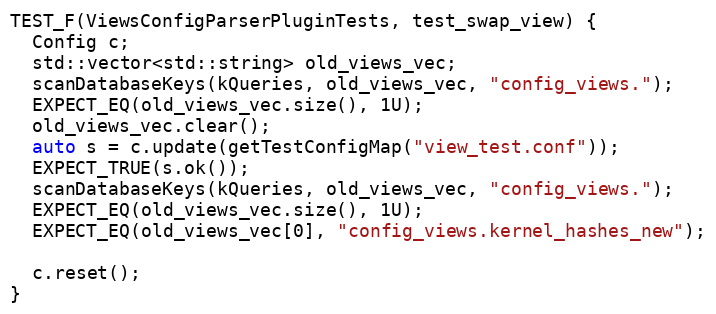
Language: C++
TEST_F(ViewsConfigParserPluginTests, test_swap_view) {
  Config c;
  std::vector<std::string> old_views_vec;
  scanDatabaseKeys(kQueries, old_views_vec, "config_views.");
  EXPECT_EQ(old_views_vec.size(), 1U);
  old_views_vec.clear();
  auto s = c.update(getTestConfigMap("view_test.conf"));
  EXPECT_TRUE(s.ok());
  scanDatabaseKeys(kQueries, old_views_vec, "config_views.");
  EXPECT_EQ(old_views_vec.size(), 1U);
  EXPECT_EQ(old_views_vec[0], "config_views.kernel_hashes_new");

  c.reset();
}